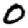
Digit: 0